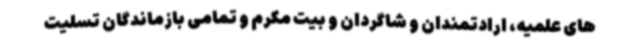
های علمیه، ارادتمندان و شاگردان و بیت مکرم و تمامی بازماندگان تسلیت